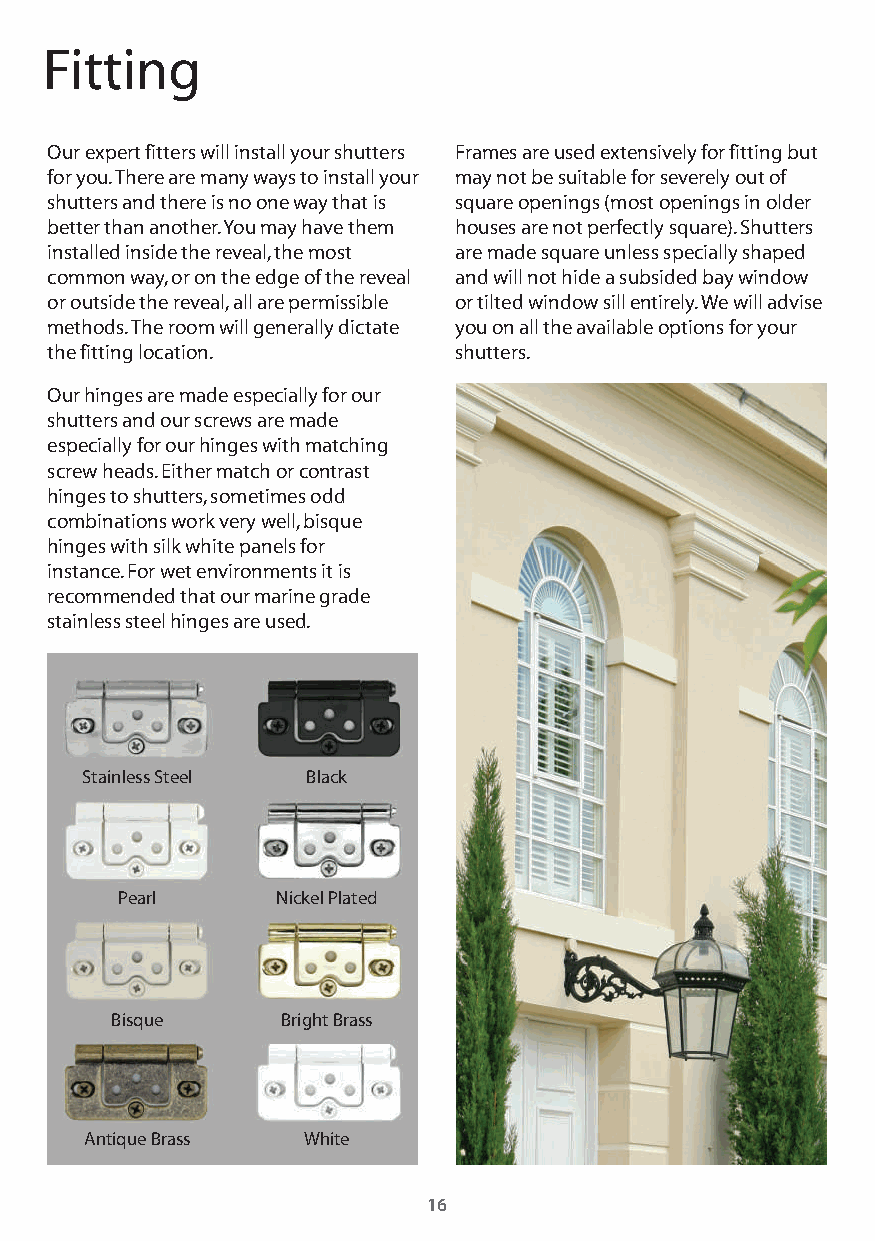
Fitting
 Our expert fitters will install your shutters Frames are used extensively for fitting but
 for you. There are many ways to install your may not be suitable for severely out of
 shutters and there is no one way that is square openings (most openings in older
 better than another. You may have them houses are not perfectly square). Shutters
 installed inside the reveal, the most are made square unless specially shaped
 common way, or on the edge of the reveal and will not hide a subsided bay window
 or outside the reveal, all are permissible or tilted window sill entirely. We will advise
 methods. The room will generally dictate you on all the available options for your
 the fitting location.      shutters.
 Our hinges are made especially for our
 shutters and our screws are made
 especially for our hinges with matching
 screw heads. Either match or contrast
 hinges to shutters, sometimes odd
 combinations work very well, bisque
 hinges with silk white panels for
 instance. For wet environments it is
 recommended that our marine grade
 stainless steel hinges are used.
 Stainless Steel Black
 Pearl     Nickel Plated
 Bisque      Bright Brass
 Antique Brass White
 16